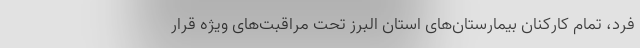
فرد، تمام کارکنان بیمارستان‌های استان البرز تحت مراقبت‌های ویژه قرار